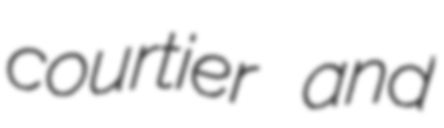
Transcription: courtier and